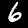
Digit: 6